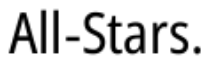
All-Stars.